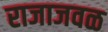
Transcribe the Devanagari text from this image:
राजाजवळ